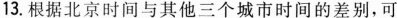
13.根据北京时间与其他三个城市时间的差别，可